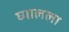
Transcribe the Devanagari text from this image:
घ्यालला